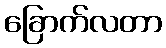
ခြောက်လတာ